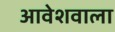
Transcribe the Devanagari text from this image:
आवेशवाला